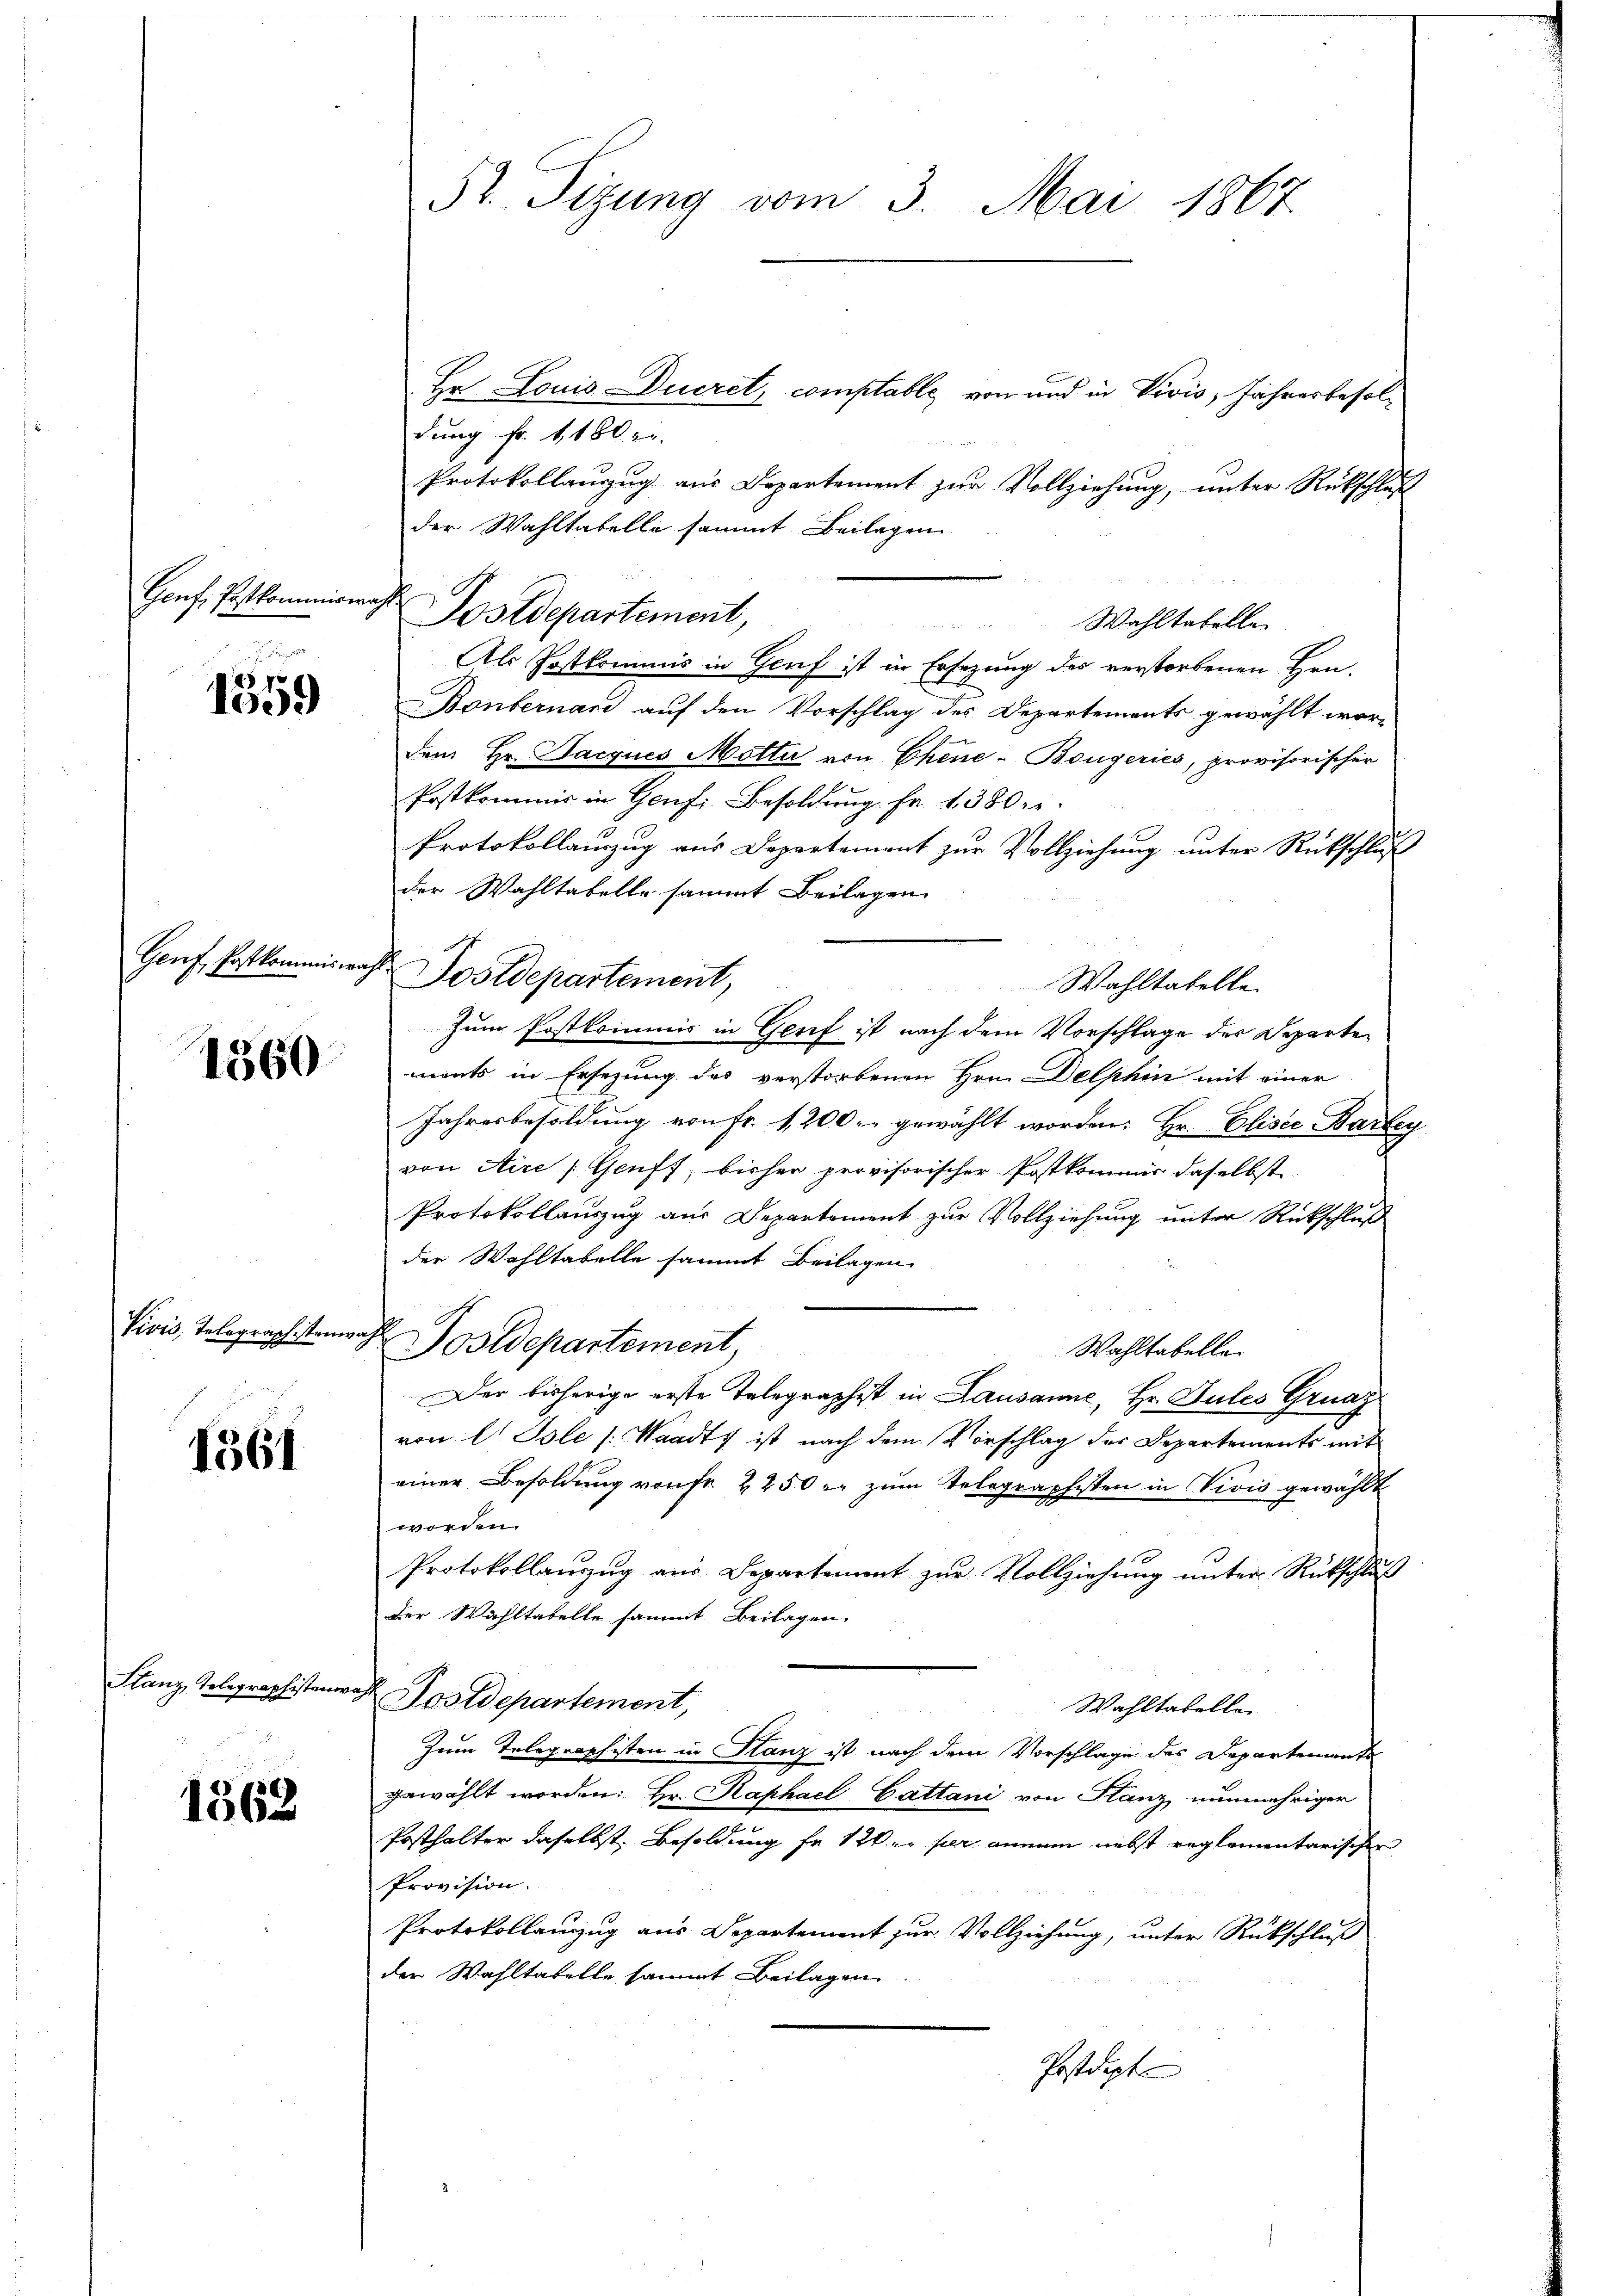
Genf, Postkommiswahl

85 f
1009

Genf, Postkommiswahl

1360

Vivis, Telegraphistenwahl

1361

Slanz, Telegraphistenor

1362

Pr. Sizung vom 3. Mai 1867

Hr Louis Dueret, comptable, von und in Divis, Jahresbesoldung fr. 1180
Protokollauszug aus Departement zur Vollziehung, unter Rückschluß
der Wahltatelle sammt Beilagen
Als Postkommis in Genf ist in Ersezung des verstorbenen Hrn.
Bonbernari auf den Vorschlag des Departements gewählt wordem Hr. Jacques Motta von Chine-Bougeries, provisorischer
Postkommis in Genf, Besoldung Fr. 1380.
Protokollauszug aus Departement zur Vollziehung unter Rückschluß
der Wahltabelle sammt Beilagen
Postdepartement,
Wahltatelle.
Zum Postkommis in Genf ist nach dem Vorschlage des Departen
ments in Ersezung des verstorbenen Hrn. Delphin mit einer
Jahresbesoldung von Fr. 1200.- gewählt worden: Hr. Eliser Bartey
von Aire Gruft, bisher provisorischer Postkommer daselbst
Protokollauszug aus Departement zur Vollziehung unter Rückschluß
der Wohltabelle sammt Beilagen
Postdepartement
Wahltabelle
Der bisherige erste Telegraphist in Lausanne, Hr. Dules Graz
von lt. Isle [: Waadt ist nach dem Vorschlag des Departements mit
einer Besoldung von fr. 2250 r. zum Telegraphisten in Vivis gewählt
worden.
Protokollauszug aus Departement zur Vollziehung unter Rückschluß
der Wahltabelle sammt Beilagen
A Postdepartement,
Wahltatelle
Zum Telegraphisten in Stanz ist nach dem Vorschlage des Departemente
gewählt worden: Hr. Raphael Cattani von Stanz nunmehriger
Posthalter daselbst. Besoldung fr 12. per einem nebst reglementarischer
Provision.
Protokollanzug aus Departement zur Vollziehung, unter Rückschluß
der Wahltabelle sammt Beilagen
Postdepte

Postdepartement,

Wohltabelle